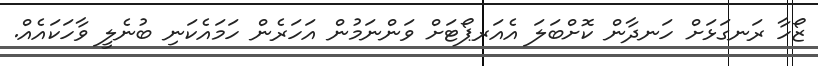
ޒޯހާ ރަނގަޅަށް ހަނދާން ކޮށްބަލަ އެއަރޕޯޓަށް ވަންނަމުން އަހަރެން ހަމައެކަނި ބުނެލީ ވާހަކައެއް.